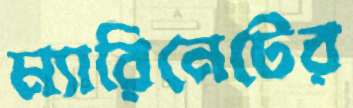
ম্যারিনেটের